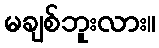
မချစ်ဘူးလား။